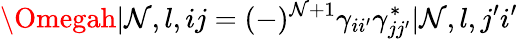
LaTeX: \Omegah|\mathcal{N},l,ij=(-)^{\mathcal{N}+1}\gamma_{ii^{\prime}}\gamma_{jj^{\prime}}^{*}|\mathcal{N},l,j^{\prime}i^{\prime}